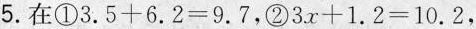
5.在①$$3.5+6.2=9.7$$，②$$3x+1.2=10.2$$，